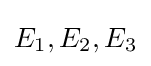
E_{1},E_{2},E_{3}